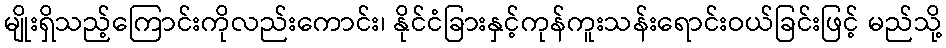
မျိုးရှိသည့်ကြောင်းကိုလည်းကောင်း၊ နိုင်ငံခြားနှင့်ကုန်ကူးသန်းရောင်းဝယ်ခြင်းဖြင့် မည်သို့